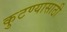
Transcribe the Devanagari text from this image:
कुटण्यासाठी